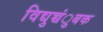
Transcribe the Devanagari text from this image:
विद्युच्चंुबक